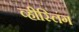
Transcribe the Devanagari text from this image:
व्हीस्लिंग